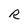
Character: R